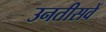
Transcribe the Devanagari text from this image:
उनतीसवें